Civil Veterinary Department Bengal reports 1923-33 - 1923-1933
Year: 1923
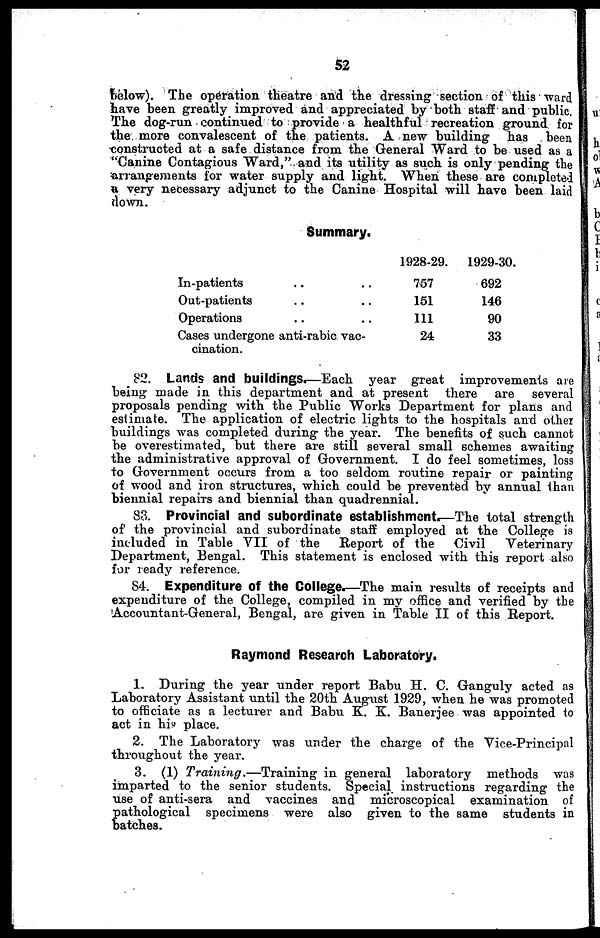
52
below). The operation theatre and the dressing section of this ward
have been greatly improved and appreciated by both staff and public.
The dog-run continued to provide a healthful recreation ground for
the more convalescent of the patients. A new building has been
constructed at a safe distance from the General Ward to be used as a
"Canine Contagious Ward," and its utility as such is only pending the
arrangements for water supply and light. When these are completed
a, very necessary adjunct to the Canine Hospital will have been laid
down.
Summary.
In-patients .. ..
Out-patients .. ..
Operations .. ..
Cases undergone anti-rabic vac-
cination.
1928-29.
757
151
111
24
1929-30.
692
146
90
33
82. Lands and buildings.—Each year great improvements are
being made in this department and at present there are several
proposals pending with the Public Works Department for plans and
estimate. The application of electric lights to the hospitals and other
buildings was completed during the year. The benefits of such cannot
be overestimated, but there are still several small schemes awaiting
the administrative approval of Government. I do feel sometimes, loss
to Government occurs from a too seldom routine repair or painting
of wood and iron structures, which could be prevented by annual than
biennial repairs and biennial than quadrennial.
83. Provincial and subordinate establishment.—The total strength
of the provincial and subordinate staff employed at the College is
included in Table VII of the
Report of the
Civil
Veterinary
Department, Bengal. This statement is enclosed with this report also
for ready reference.
84. Expenditure Of the College.—The main results of receipts and
expenditure of the College, compiled in my office and verified by the
Accountant-General, Bengal, are given in Table II of this Report.
Raymond Research Laboratory.
1. During the year under report Babu H. C. Ganguly acted as
Laboratory Assistant until the 20th August 1929, when he was promoted
to officiate as a lecturer and Babu K. K. Banerjee was appointed to
act in his place.
2. The Laboratory was under the charge of the Vice-Principal
throughout the year.
3. (1) Training.—Training
in general laboratory methods was
imparted to the senior students. Special instructions regarding the
use of anti-sera and vaccines and microscopical examination of
pathological specimens were also given to the same students in
batches.